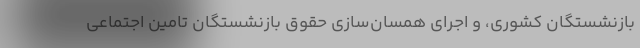
بازنشستگان کشوری، و اجرای همسان‌سازی حقوق بازنشستگان تامین اجتماعی